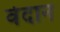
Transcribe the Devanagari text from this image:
वेदान